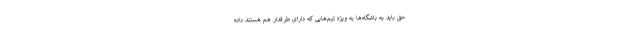
حق باید به باشگاه‌ها به ویژه تیم‌هایی که دارای طرفدار هم هستند داده